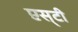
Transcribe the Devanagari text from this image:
एस्‌टी